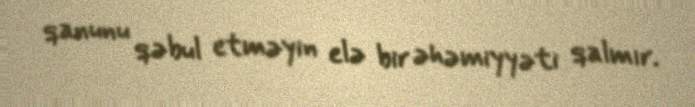
qanunu qəbul etməyin elə bir əhəmiyyəti qalmır.